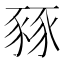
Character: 豩